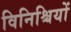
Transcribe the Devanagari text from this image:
विनिश्चियों